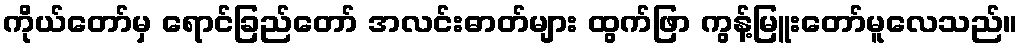
ကိုယ်တော်မှ ရောင်ခြည်တော် အလင်းဓာတ်များ ထွက်ဖြာ ကွန့်မြူးတော်မူလေသည်။